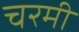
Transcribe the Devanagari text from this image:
चरमी